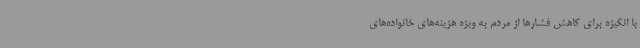
با انگیزه برای کاهش فشارها از مردم به ویژه هزینه‌های خانواده‌های